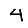
Digit: 4